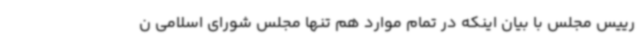
رییس مجلس با بیان اینکه در تمام موارد هم تنها مجلس شورای اسلامی ن